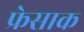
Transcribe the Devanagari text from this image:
फ्रेसाक